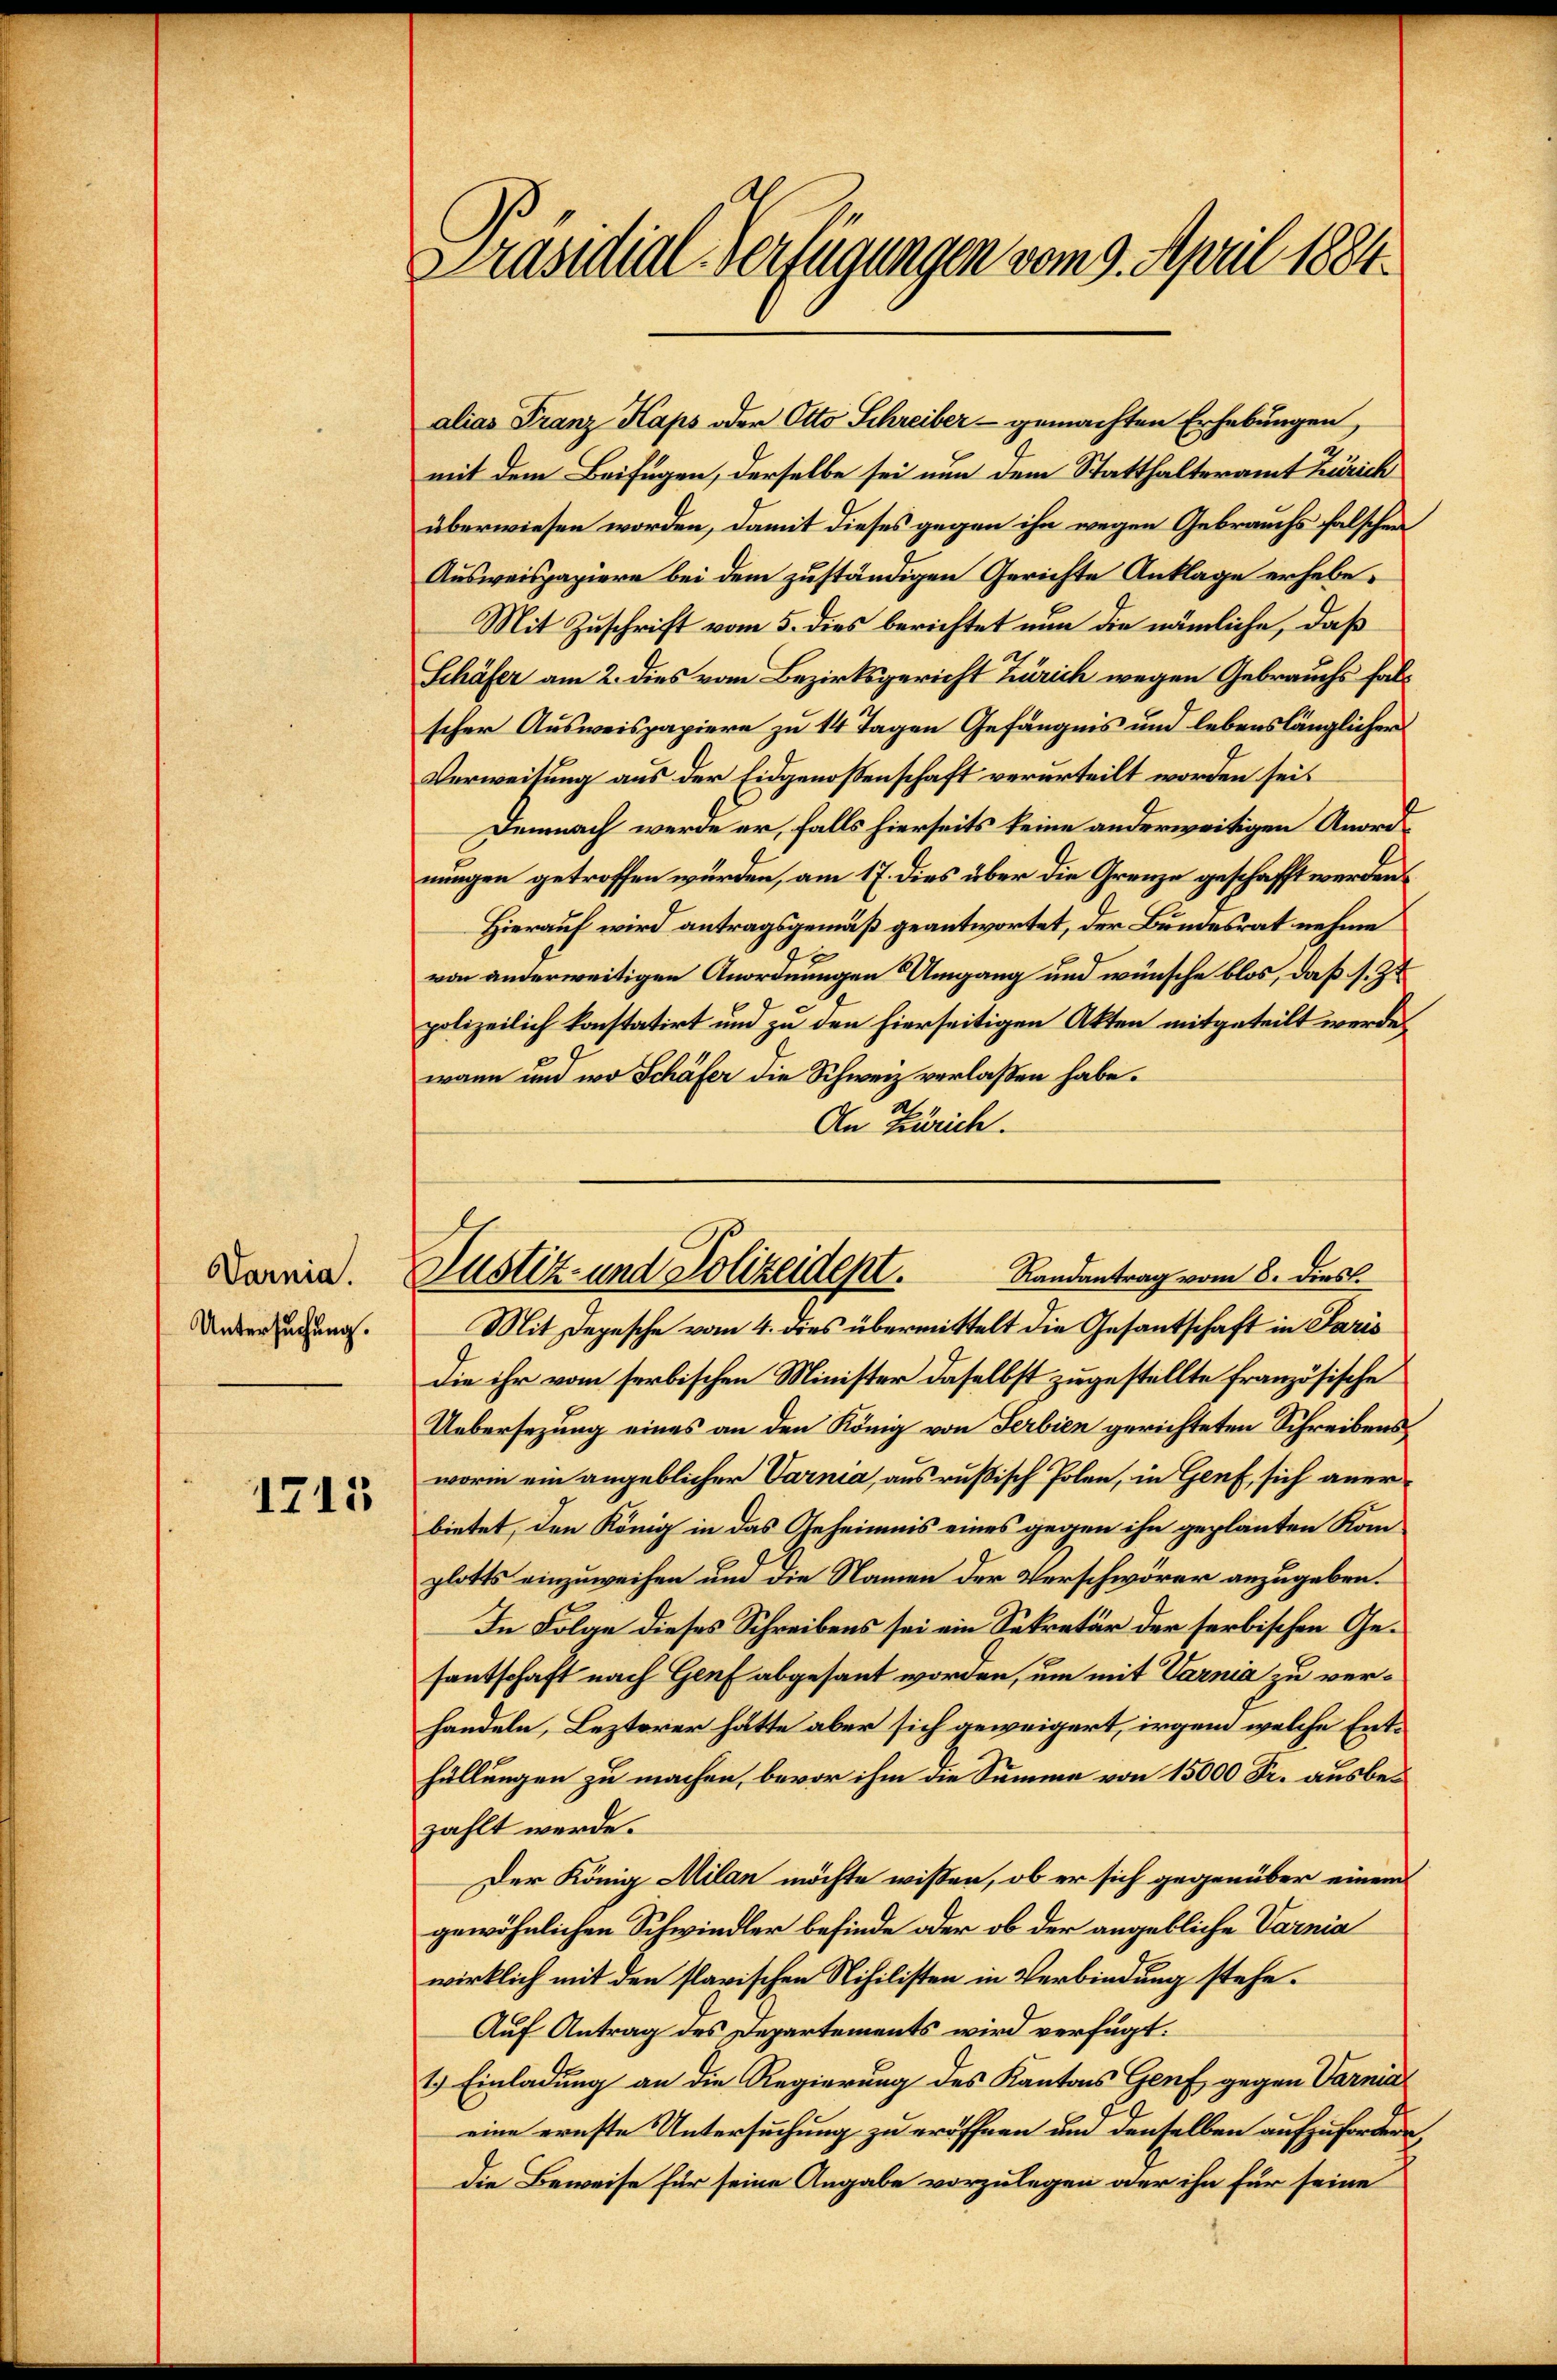
Varnia.
Untersuchung.

1715

Präsidial-Verfügungen vom 9. April 1884.

alias Franz Kaps oder Otto Schreiber - gemachten Erhebungen,
mit dem Beifügen, derselbe sei nun dem Statthalteramt Zürich
überwiesen worden, damit dieses gegen ihn wegen Gebrauchs falschen
Ausweispapiere bei dem zuständigen Gerichte Anklage erhebe¬
Mit Zuschrift vom 5. dies berichtet nun die nämliche, daß
Schäfer am 2. dies vom Bezirksgericht Zürich wegen Gebrauchs falscher Ausweispapiere zu 14 Tagen Gefängnis und lebenslänglicher
Verweisung aus der Eidgenossenschaft verurteilt worden seit
Demnach werde er, falls hierseits keine anderweitigen Anordnungen getroffen würden, am 17. dies über die Grenze geschafft werden.
Hierauf wird antragsgemäß geantwortet, der Bundesrat nehme
x
von anderweitigen Anordnungen Umgang und wünsche blos, daß s. Zt
polizeilich konstatirt und zu den hierseitigen Akten mitgeteilt werde.
wann und wo Schäfer die Schweiz verlaßen habe.
An Zürich.
Mit Depesche vom 4. dies übermittelt die Gesantschaft in Paris
die ihr vom serbischen Minister daselbst zugestellte Französische
Uebersezung eines an den König von Serbien gerichteten Schreibensworin ein angeblicher Varnia, aus rußisch Polen, in Genf, sich anerbietet, den König in das Geheimnis eines gegen ihn geplanten Komplotts einzuweisen und die Namen der Verschwörer anzugeben.
In Folge dieses Schreibens sei ein Sekretär der serbischen Gesantschaft nach Genf abgesant worden, um mit Varnia zu verhandeln, Lezterer hätte aber sich geweigert, irgen welche Enthüllungen zu machen, bevor ihm die Summe von 15000 Fr. ausbezahlt werde.
Der König Milan möchte wissen, ob er sich gegenüber einem
gewöhnlichen Schwindler befinde oder ob der angebliche Varnia
wirklich mit den flavischen Nihilisten in Verbindung stehe.
Auf Antrag des Departements wird verfügt:
1.) Einladung an die Regierung des Kantons Genf gegen Varnia
eine ernste Untersuchung zu eröffnen und denselben aufzufordern
die Beweise für seine Angabe vorzulegen oder ihn für seine

Randantrag vom 8. dies.
Justiz- und Polizeident.